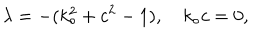
LaTeX: \lambda = - ( k _ { \circ } ^ { 2 } + c ^ { 2 } - 1 ) , \quad k _ { \circ } c = 0 ,